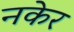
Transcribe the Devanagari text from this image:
नकेर